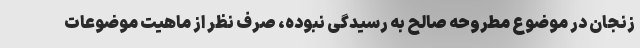
زنجان در موضوع مطروحه صالح به رسیدگی نبوده، صرف نظر از ماهیت موضوعات